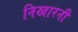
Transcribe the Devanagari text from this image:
निखारनी